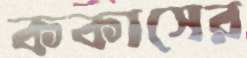
ককাসের